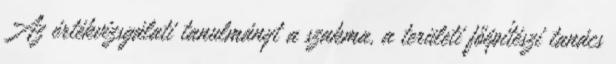
Az értékvizsgálati tanulmányt a szakma, a területi főépítészi tanács